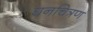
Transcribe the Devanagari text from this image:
घनचित्रण